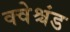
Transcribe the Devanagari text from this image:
क्वेश्चंड